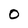
Character: O